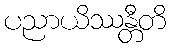
ပညာယိဿန္တီတိ